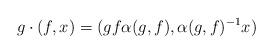
LaTeX: \begin{align*}g \cdot (f,x) = (gf\alpha(g,f), \alpha(g,f)^{-1}x)\end{align*}